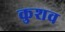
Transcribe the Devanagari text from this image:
कुशव